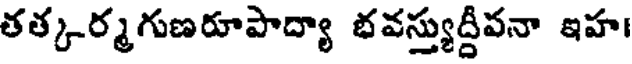
తత్కర్మగుణరూపాద్యా భవస్త్యుద్దీవనా ఇహ।